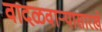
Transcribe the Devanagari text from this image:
वादळवाऱ्यासारखे